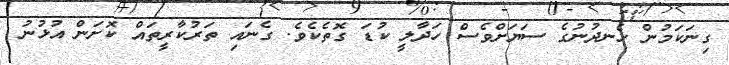
ގިނަކަމުން ހެނދުނުގެ ސަޔަށްވެސް ހަދާލީ ކުޑަ ގޮތެކެވެ. ގެނައި ތަރުކާރީތައް ކޮށަން އުޅުނު